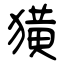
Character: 獚